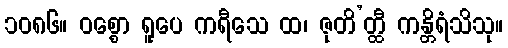
၁၀၈၆။ ဝစ္စော ရူပေ ကရီသေ ထ၊ ဇုတိ’တ္ထီ ကန္တိရံသိသု။